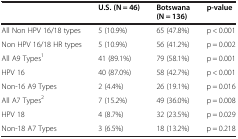
|  | U.S. (N = 46) | Botswana (N = 136) | p-value |
 | --- | --- | --- | --- |
 | All Non HPV 16/18 types | 5 (10.9%) | 65 (47.8%) | p < 0.001 |
 | Non HPV 16/18 HR types | 5 (10.9%) | 56 (41.2%) | p = 0.002 |
 | All A9 Types1 | 41 (89.1%) | 79 (58.1%) | p = 0.001 |
 | HPV 16 | 40 (87.0%) | 58 (42.7%) | p < 0.001 |
 | Non-16 A9 Types | 2 (4.4%) | 26 (19.1%) | p = 0.016 |
 | All A7 Types2 | 7 (15.2%) | 49 (36.0%) | p = 0.008 |
 | HPV 18 | 4 (8.7%) | 32 (23.5%) | p = 0.029 |
 | Non-18 A7 Types | 3 (6.5%) | 18 (13.2%) | p = 0.218 |